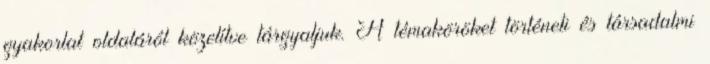
gyakorlat oldaláról közelítve tárgyaljuk. A témaköröket történeti és társadalmi